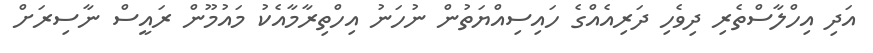
އަދި އިހްލާސްތެރި ދިވެހި ދަރިއެއްގެ ހައިސިއްޔަތުން ނުހަނު އިހްތިރާމާއެކު މައުމޫން ރައީސް ނާސިރަށް